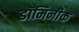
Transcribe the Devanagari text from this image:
डॉमिनीक